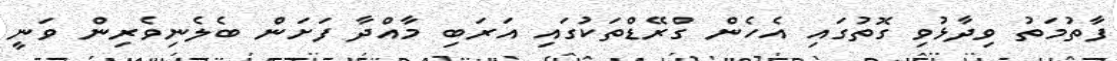
ފާތުމަތު ވިދާޅުވި ގޮތުގައި އެހެން ގްރޭޑްތަކުގައި އަރަބި މާއްދާ ފަށަން ބެލެނިވެރިން ވަނީ